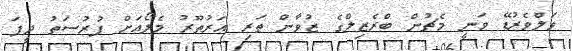
ވަލްވެރުޑޭ ވަނީ މެޗުން ބްރެޒިލްގެ ޒުވާން ތަރި އަރުތޫރު މެލޯއަށް ފުރުސަތު ދީފަ